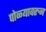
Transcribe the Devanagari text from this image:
पोळ्यावरुन